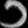
Digit: ၁